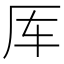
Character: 厍